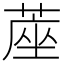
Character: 蓙